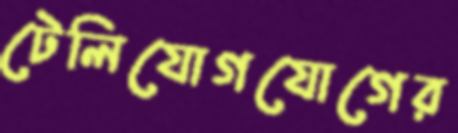
টেলিযোগযোগের